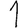
Digit: 1